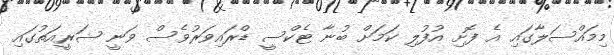
މިމައްސަލާގައި އެ ފޮށި އުފުލި ކަމަށް ބުނާ ޓެކްސީ ޑްރައިވަރުވެސް ވަނީ ޝަރީއަތުގައި